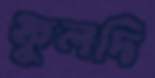
ফুলদি